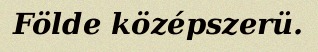
Földe középszerü.